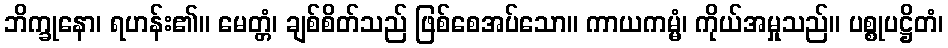
ဘိက္ခုနော၊ ရဟန်း၏။ မေတ္တံ၊ ချစ်စိတ်သည် ဖြစ်စေအပ်သော။ ကာယကမ္မံ၊ ကိုယ်အမှုသည်။ ပစ္စုပဋ္ဌိတံ၊